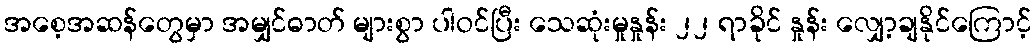
အစေ့အဆန်တွေမှာ အမျှင်ဓာတ် များစွာ ပါဝင်ပြီး သေဆုံးမှုနှုန်း ၂၂ ရာခိုင် နှုန်း လျှော့ချနိုင်ကြောင့်